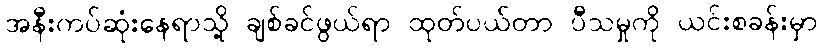
အနီးကပ်ဆုံးနေရာသို့ ချစ်ခင်ဖွယ်ရာ ထုတ်ပယ်တာ ပီသမှုကို ယင်းစခန်းမှာ